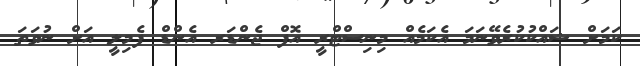
ކަމަށް ޝައްކުކުރެވޭނަމަ އެކަމެއް މިނިސްޓްރީ އޮފް ޖެންޑަރ އެންޑް ފެމިލީ އަށް ނުވަތަ